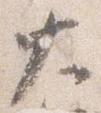
大